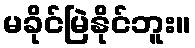
မခိုင်မြဲနိုင်ဘူး။